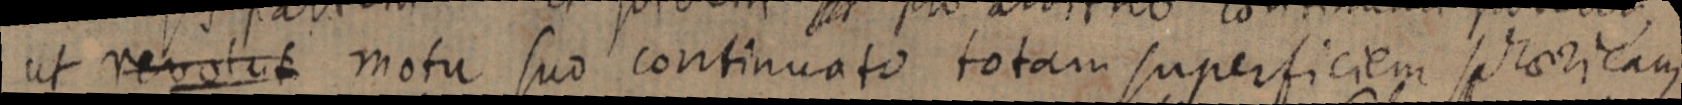
ut revolut motu suo continuato totam superficiem sphaericam